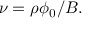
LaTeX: \nu = \rho \phi _ { 0 } / B .